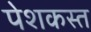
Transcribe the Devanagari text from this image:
पेशकस्त